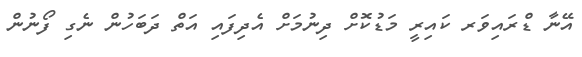
އޭނާ ޑްރައިވަރ ކައިރީ މަޑުކޮށް ދިނުމަށް އެދިފައި އަތް ދަބަހުން ނެގި ފޯނުން